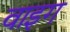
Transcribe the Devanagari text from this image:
वाइग